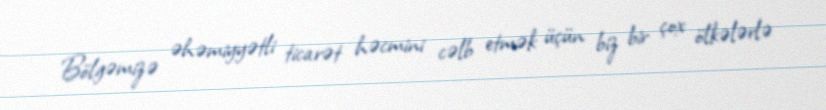
Bölgəmizə əhəmiyyətli ticarət həcmini cəlb etmək üçün biz bir çox ölkələrlə